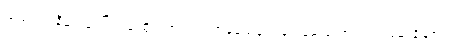
သူသည်ရွှဲနီများပေါ် ဖင်ချထိုင်ကာ လက်ထဲမှသေနတ်ဖြင့် မော်တော်ဘက် လှမ်းချိန်၏။